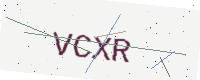
Text: VCXR